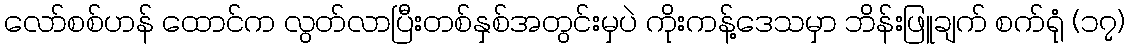
လော်စစ်ဟန် ထောင်က လွတ်လာပြီးတစ်နှစ်အတွင်းမှပဲ ကိုးကန့်ဒေသမှာ ဘိန်းဖြူချက် စက်ရုံ (၁၇)